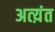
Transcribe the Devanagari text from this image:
अत्य़ंत